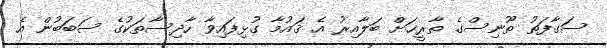
ސަގާފަތު ތޫނިސްގެ ތާރީޚަށް ބަލާއިރު އެ ޤައުމާ ގުޅިފައިވާ ހާދިސާތަކުގެ ސަބަބުން އެ